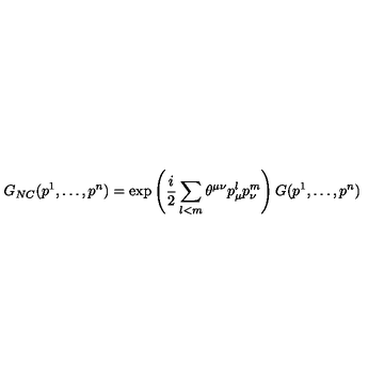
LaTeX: G _ { N C } ( p ^ { 1 } , \dots , p ^ { n } ) = \exp \left( \frac { i } { 2 } \sum _ { l < m } \theta ^ { \mu \nu } p _ { \mu } ^ { l } p _ { \nu } ^ { m } \right) G ( p ^ { 1 } , \dots , p ^ { n } )